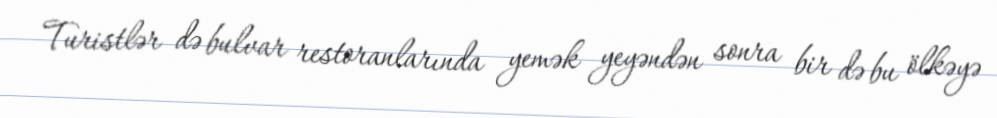
Turistlər də bulvar restoranlarında yemək yeyəndən sonra bir də bu ölkəyə